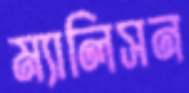
ম্যালিসন